Annual report on the working of the lock hospitals in the Central Provinces
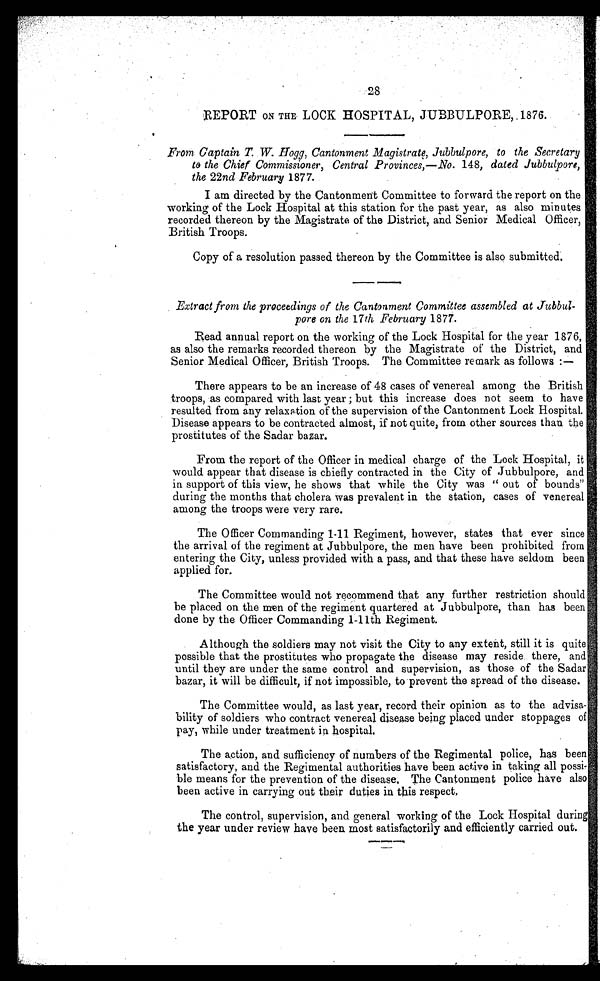
28
REPORT ON THE LOCK HOSPITAL, JUBBULPORE, .1876.
From. Captain T W. Hogg, Cantonment Magistrate, Jubbulpore, to the Secretary
to the Chief Commissioner, Central Provinces,—No. 148, dated Jubbulpore,
the 22 nd February 1877.
I am directed by the Cantonment Committee to forward the report on the
working of the Lock Hospital at this station for the past year, as also minutes
recorded thereon by the Magistrate of the District, and Senior Medical Officer,
British Troops.
Copy of a resolution passed thereon by the Committee is also submitted.
Extract from the proceedings of the Cantonment Committee assembled at Jubbul
pore on the 17th February 1877.
Read annual report on the working of the Lock Hospital for the year 1876,
as also the remarks recorded thereon by the Magistrate of the District, and
Senior Medical Officer, British Troops. The Committee remark as follows :—
There appears to be an increase of 48 cases of venereal among the British
troops, as compared with last year ; but this increase does not seem to have
resulted from any relaxation of the supervision of the Cantonment Lock Hospital.
Disease appears to be contracted almost, if not quite, from other sources than the
prostitutes of the Sadar bazar.
From the report of the Officer in medical charge of the Lock Hospital, it
would appear that disease is chiefly contracted in the City of Jubbulpore, and
in support of this view, he shows that while the City was " out of bounds"
during the months that cholera was prevalent in the station, cases of venereal
among the troops were very rare.
The Officer Commanding 1-11 Regiment, however, states that ever since
the arrival of the regiment at Jubbulpore, the men have been prohibited from
entering the City, unless provided with a pass, and that these have seldom been
applied for.
The Committee would not recommend that any further restriction should
be placed on the men of the regiment quartered at Jubbulpore, than has been
done by the Officer Commanding 1-11th Regiment.
Although the soldiers may not visit the City to any extent, still it is quite
possible that the prostitutes who propagate the disease may reside there, and
until they are under the same control and supervision, as those of the Sadar
bazar, it will be difficult, if not impossible, to prevent the spread of the disease.
The Committee would, as last year, record their opinion as to the advisa-
bility of soldiers who contract venereal disease being placed under stoppages of
pay, while under treatment in hospital.
The action, and sufficiency of numbers of the Regimental police, has been
satisfactory, and the Regimental authorities have been active in taking all possi-
ble means for the prevention of the disease, The Cantonment police have also
been active in carrying out their duties in this respect.
The control, supervision, and general working of the Lock Hospital during
the year under review have been most satisfactorily and efficiently carried out.